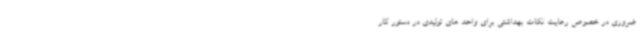
ضروری در خصوص رعایت نکات بهداشتی برای واحد های تولیدی در دستور کار